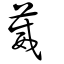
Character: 葳